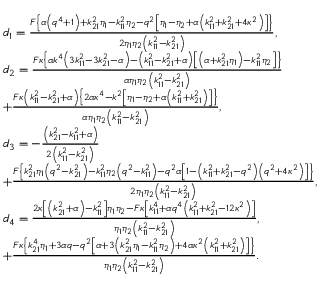
\begin{array} { r l } & { { d _ { 1 } } = \frac { { F \left\{ { \alpha \left( { { q ^ { 4 } } + 1 } \right) + k _ { 2 1 } ^ { 2 } { \eta _ { 1 } } - k _ { 1 1 } ^ { 2 } { \eta _ { 2 } } - { q ^ { 2 } } \left[ { { \eta _ { 1 } } - { \eta _ { 2 } } + \alpha \left( { k _ { 1 1 } ^ { 2 } + k _ { 2 1 } ^ { 2 } + 4 { \kappa ^ { 2 } } } \right) } \right] } \right\} } } { { 2 { \eta _ { 1 } } { \eta _ { 2 } } \left( { k _ { 1 1 } ^ { 2 } - k _ { 2 1 } ^ { 2 } } \right) } } , } \\ & { { d _ { 2 } } = \frac { { F \kappa \left\{ { \alpha { k ^ { 4 } } \left( { 3 k _ { 1 1 } ^ { 2 } - 3 k _ { 2 1 } ^ { 2 } - \alpha } \right) - \left( { k _ { 1 1 } ^ { 2 } - k _ { 2 1 } ^ { 2 } + \alpha } \right) \left[ { \left( { \alpha + k _ { 2 1 } ^ { 2 } { \eta _ { 1 } } } \right) - k _ { 1 1 } ^ { 2 } { \eta _ { 2 } } } \right] } \right\} } } { { \alpha { \eta _ { 1 } } { \eta _ { 2 } } \left( { k _ { 1 1 } ^ { 2 } - k _ { 2 1 } ^ { 2 } } \right) } } } \\ & { + \frac { { F \kappa \left( { k _ { 1 1 } ^ { 2 } - k _ { 2 1 } ^ { 2 } + \alpha } \right) \left\{ { 2 \alpha { \kappa ^ { 4 } } - { k ^ { 2 } } \left[ { { \eta _ { 1 } } - { \eta _ { 2 } } + \alpha \left( { k _ { 1 1 } ^ { 2 } + k _ { 2 1 } ^ { 2 } } \right) } \right] } \right\} } } { { \alpha { \eta _ { 1 } } { \eta _ { 2 } } \left( { k _ { 1 1 } ^ { 2 } - k _ { 2 1 } ^ { 2 } } \right) } } , } \\ & { d _ { 3 } = - \frac { { \left( { k _ { 2 1 } ^ { 2 } - k _ { 1 1 } ^ { 2 } + \alpha } \right) } } { { 2 \left( { k _ { 1 1 } ^ { 2 } - k _ { 2 1 } ^ { 2 } } \right) } } } \\ & { + \frac { { F \left\{ { k _ { 2 1 } ^ { 2 } { \eta _ { 1 } } \left( { { q ^ { 2 } } - k _ { 2 1 } ^ { 2 } } \right) - k _ { 1 1 } ^ { 2 } { \eta _ { 2 } } \left( { { q ^ { 2 } } - k _ { 1 1 } ^ { 2 } } \right) - { q ^ { 2 } } \alpha \left[ { 1 - \left( { k _ { 1 1 } ^ { 2 } + k _ { 2 1 } ^ { 2 } - { q ^ { 2 } } } \right) \left( { { q ^ { 2 } } + 4 { \kappa ^ { 2 } } } \right) } \right] } \right\} } } { { 2 { \eta _ { 1 } } { \eta _ { 2 } } \left( { k _ { 1 1 } ^ { 2 } - k _ { 2 1 } ^ { 2 } } \right) } } , } \\ & { { d _ { 4 } } = \frac { { 2 \kappa \left[ { \left( { k _ { 2 1 } ^ { 2 } + \alpha } \right) - k _ { 1 1 } ^ { 2 } } \right] { \eta _ { 1 } } { \eta _ { 2 } } - F \kappa \left[ { k _ { 1 1 } ^ { 4 } + \alpha { q ^ { 4 } } \left( { k _ { 1 1 } ^ { 2 } + k _ { 2 1 } ^ { 2 } - 1 2 { \kappa ^ { 2 } } } \right) } \right] } } { { { \eta _ { 1 } } { \eta _ { 2 } } \left( { k _ { 1 1 } ^ { 2 } - k _ { 2 1 } ^ { 2 } } \right) } } , } \\ & { + \frac { { F \kappa \left\{ { k _ { 2 1 } ^ { 4 } { \eta _ { 1 } } + 3 \alpha q - { q ^ { 2 } } \left[ { \alpha + 3 \left( { k _ { 2 1 } ^ { 2 } { \eta _ { 1 } } - k _ { 1 1 } ^ { 2 } { \eta _ { 2 } } } \right) + 4 \alpha { \kappa ^ { 2 } } \left( { k _ { 1 1 } ^ { 2 } + k _ { 2 1 } ^ { 2 } } \right) } \right] } \right\} } } { { { \eta _ { 1 } } { \eta _ { 2 } } \left( { k _ { 1 1 } ^ { 2 } - k _ { 2 1 } ^ { 2 } } \right) } } . } \end{array}